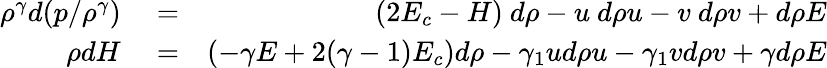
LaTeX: \begin{array}{rlr}{\rho^{\gamma}d(p/\rho^{\gamma})}&{{}=}&{(2E_{c}-H)~d\rho-u~d\rho u-v~d\rho v+d\rho E}\\ {\rho dH}&{{}=}&{(-\gamma E+2(\gamma-1)E_{c})d\rho-\gamma_{1}ud\rho u-\gamma_{1}vd\rho v+\gamma d\rho E}\end{array}